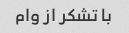
با تشکر از وام